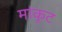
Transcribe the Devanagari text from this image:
मांकूट